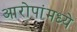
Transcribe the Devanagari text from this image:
आरोपांमध्ये